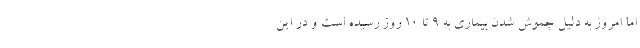
اما امروز به دلیل چموش شدن بیماری به ۹ تا ۱۰ روز رسیده است و در این